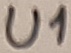
Text: U1